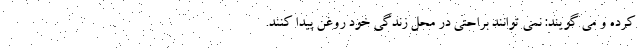
کرده و می گویند: نمی توانند براحتی در محل زندگی خود روغن پیدا کنند.